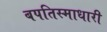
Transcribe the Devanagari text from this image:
बपतिस्माधारी